Burma Government Medical School reports 1923-41
Year: 1923
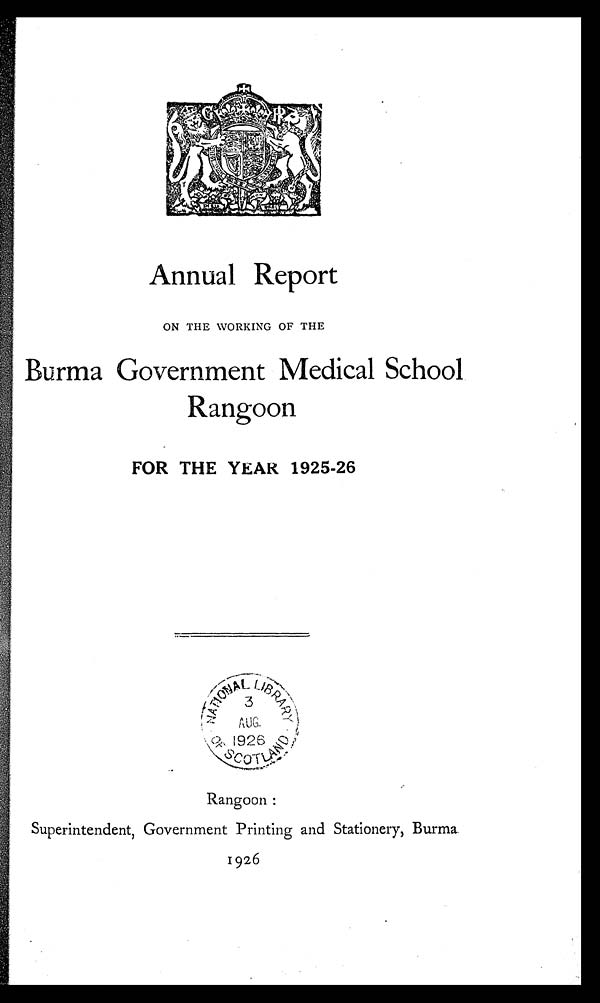
Annual Report
ON THE WORKING OF THE
Burma Government Medical School
Rangoon
FOR THE YEAR 1925-26
Rangoon :
Superintendent, Government Printing and Stationery, Burma
1926